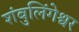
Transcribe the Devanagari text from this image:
शंबुलिंगेश्वर